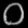
Digit: ၀